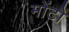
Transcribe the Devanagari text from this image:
मोंटों